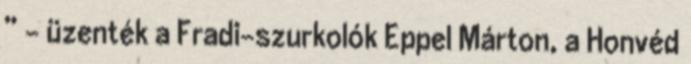
” – üzenték a Fradi-szurkolók Eppel Márton, a Honvéd